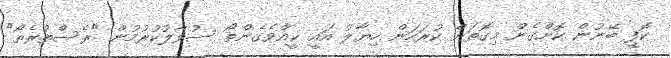
ކޮފީ ބޭނުން ކޮށްގެން މިގޮތަށް ކުރަހަން ހިޔާލު އައީ ކީއްވެގެންތޯ ސުވާލުކުރުމުން "ރެސްތުރެތޯ"